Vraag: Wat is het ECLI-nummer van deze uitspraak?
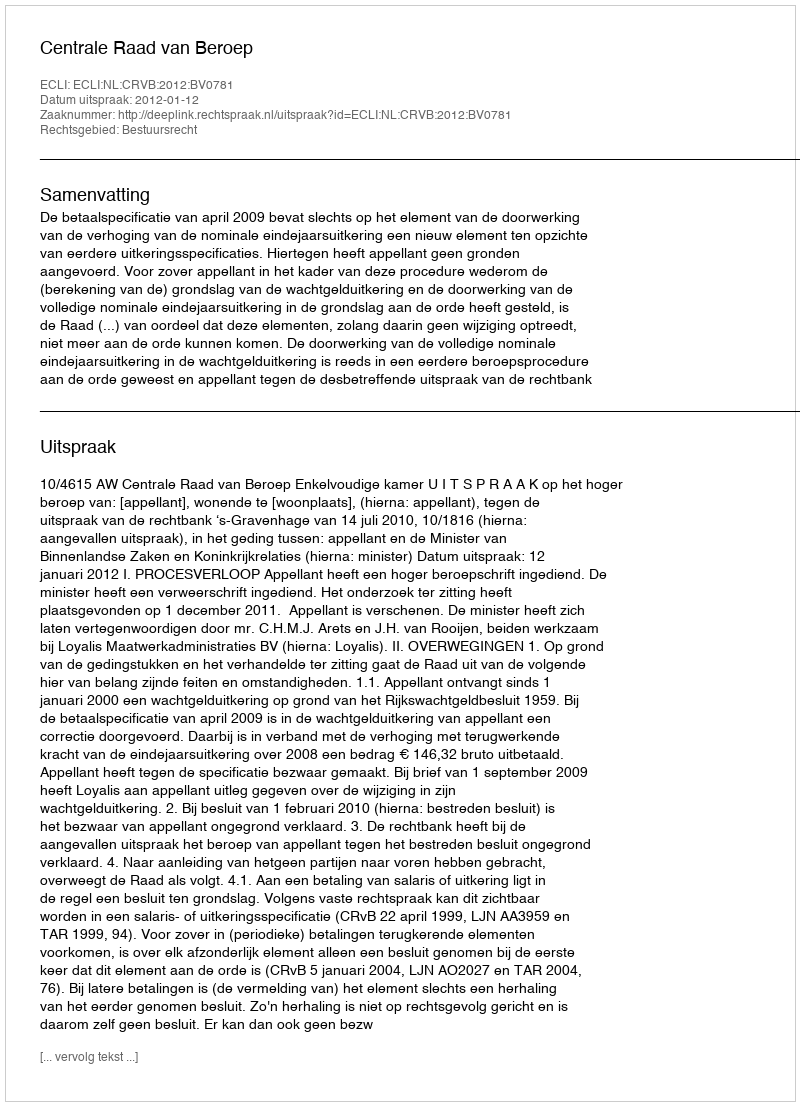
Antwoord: ECLI:NL:CRVB:2012:BV0781